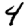
Digit: 4